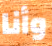
وأنا